Report of the Indian Hemp Drugs Commission, 1894-1895 - Volume VIII
Year: 1894
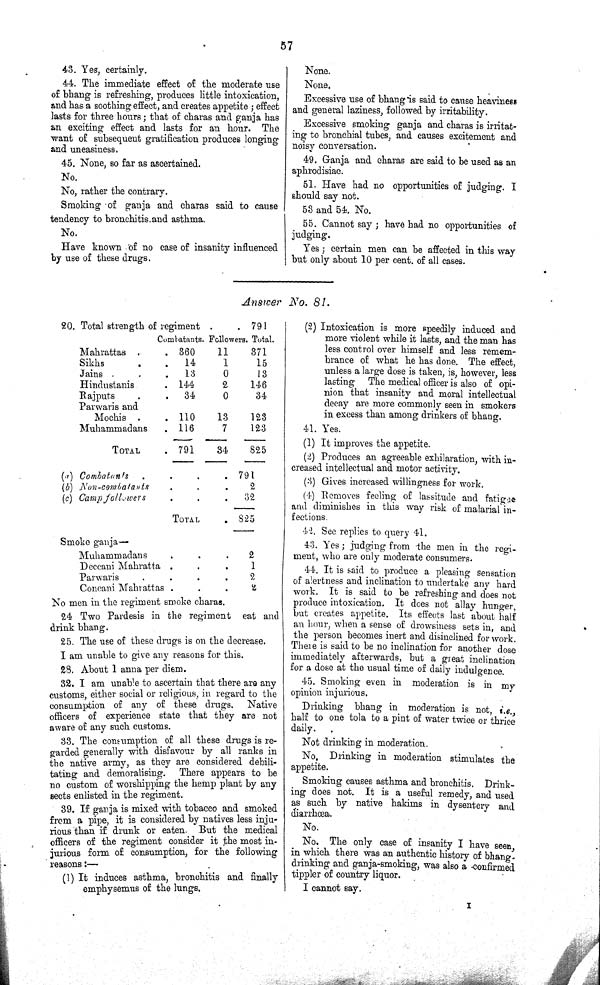
57
43. Yes, certainly.
44. The immediate effect of the moderate use
of bhang is refreshing, produces little intoxication,
and has a soothing effect, and creates appetite; effect
lasts for three hours; that of charas and ganja has
an exciting effect and lasts for an hour.
The
want of subsequent gratification produces longing
and uneasiness.
45. None, so far as ascertained.
No.
No, rather the contrary.
Smoking of ganja and charas said to cause
tendency to bronchitis and asthma.
No.
Have known of no case of insanity influenced
by use of these drugs.
None.
None.
Excessive use of bhang is said to cause heaviness
and general laziness, followed by irritability.
Excessive smoking ganja and charas is irritat-
ing to bronchial tubes, and causes excitement and
noisy conversation.
49. Ganja and charas are said to be used as an
aphrodisiac.
51. Have had no opportunities of judging. I
should say not.
53 and 54. No.
55. Cannot say; have had no opportunities of
judging.
Yes; certain men can be affected in this way
but only about 10 per cent. of all cases.
Answer
No.
81.
20. Total strength of regiment
791
Combatants. Followers Total
Mahrattas
360
11
371
Sikhs
14
1
15
Jains
13
0
13
Hindustanis
144
2
146
Rajputs
34
0
34
Parwaris and
Mochis
110
13
123
Muhammadans
116
7
123
TOTAL
791
34
825
(a) Combatants
791
(b) Non-combatants
2
(c) Camp followers
32
TOTAL
825
Smoke ganja—
Muhammadans
2
Deccani Mahratta
1
Parwaris
2
Concani Mahrattas
2
No men in the regiment smoke charas.
24. Two Pardesis in the regiment
eat and
drink bhang.
25. The use of these drugs is on the decrease.
I am unable to give any reasons for this.
28. About 1 anna per diem.
32. I am unable to ascertain that there are any
customs, either social or religious, in regard to the
consumption of any of these drugs.
Native
officers of experience state that they are not
aware of any such customs.
33. The consumption of all these drugs is re-
garded generally with disfavour by all ranks in
the native army, as they are considered debili-
tating and demoralising.
There appears to be
no custom of worshipping the hemp plant by any
sects enlisted in the regiment.
39. If ganja is mixed with tobacco and smoked
from a pipe, it is considered by natives less inju-
rious than if drunk or eaten. But the medical
officers of the regiment consider it the most in-
jurious form of consumption, for the following
reasons:—
(1) It induces asthma, bronchitis and
finally
emphysemus of the lungs.
(2) Intoxication is more speedily induced and
more violent while it lasts, and the man has
less control over himself and less remem-
brance of what he has done. The effect,
unless a large dose is taken, is, however, less
lasting
The medical officer is also of opi-
nion that insanity and moral intellectual
decay are more commonly seen in smokers
in excess than among drinkers of bhang.
41. Yes.
(1) It improves the appetite.
(2) Produces an agreeable exhilaration, with in-
creased intellectual and motor activity.
(3) Gives increased willingness for work.
(4) Removes feeling of lassitude and fatigue
and diminishes in this way risk of malarial in-
fections.
42. See replies to query 41.
43. Yes; judging from the men in the regi-
ment, who are only moderate consumers.
44. It is said to produce a pleasing sensation
of alertness and inclination to undertake any hard
work. It is said to be refreshing and does not
produce intoxication. It does not allay hunger,
but creates appetite. Its effects last about half
an hour, when a sense of drowsiness sets in, and
the person becomes inert and disinclined for work.
There is said to be no inclination for another dose
immediately afterwards, but a great inclination
for a dose at the usual time of daily indulgence.
45. Smoking even in moderation is in my
opinion injurious.
Drinking bhang in moderation is not, i.e.,
half to one tola to a pint of water twice or thrice
daily.
Not drinking in moderation.
No.
Drinking in moderation stimulates the
appetite.
Smoking causes asthma and bronchitis. Drink-
ing does not. It is a useful remedy, and used
as such by native hakims in dysentery and
diarrhœa.
No.
No. The only case of insanity I have seen,
in which there was an authentic history of bhang-
drinking and ganja-smoking, was also a confirmed
tippler of country liquor.
I cannot say.
I